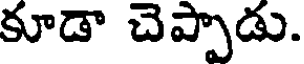
కూడా చెప్పాడు.